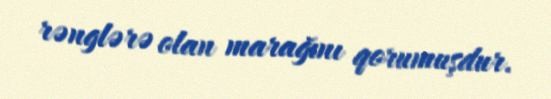
rənglərə olan marağını qorumuşdur.